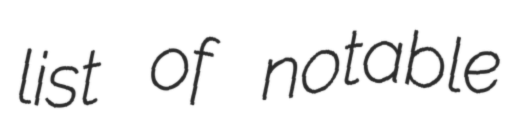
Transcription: list of notable